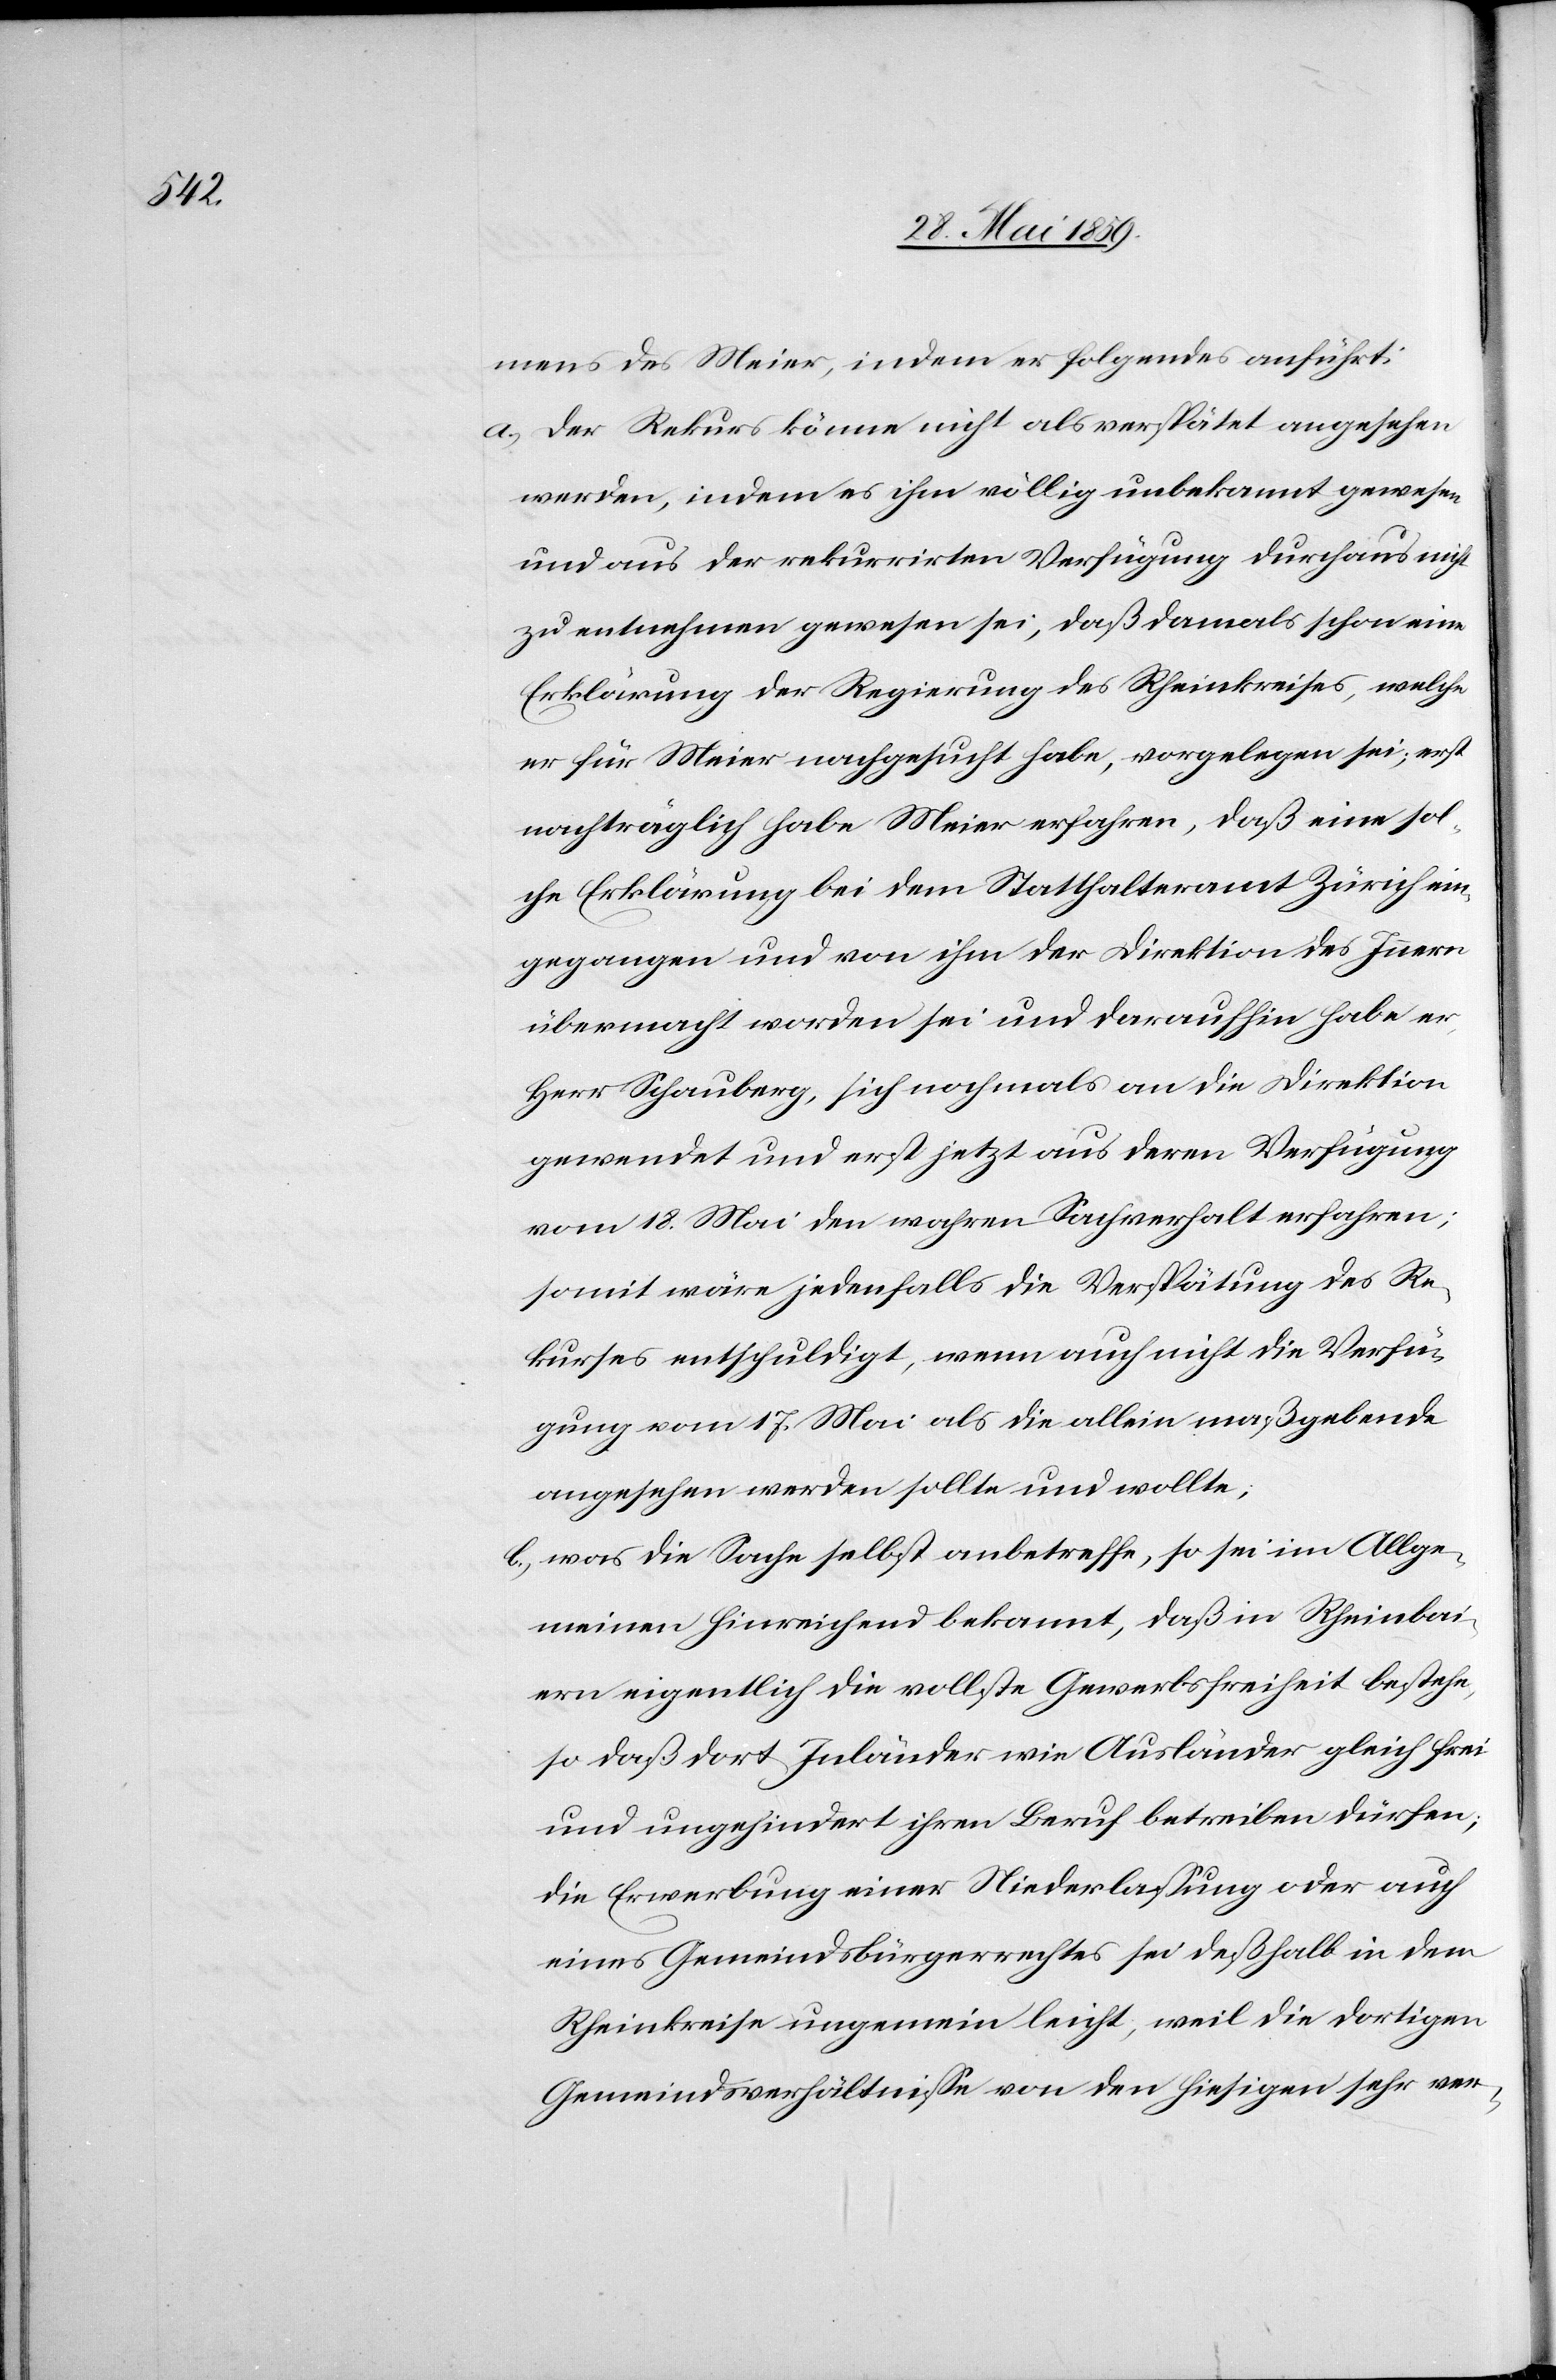
mens des Meier, indem er folgendes anführt:
a) Der Rekurs könne nicht als verspätet angesehen
werden, indem es ihm völlig unbekannt gewesen
und aus der rekurrirten Verfügung durchaus nicht
zu entnehmen gewesen sei, daß damals schon eine
Erklärung der Regierung des Rheinkreises, welche
er für Meier nachgesucht habe, vorgelegen sei; erst
nachträglich habe Meier erfahren, daß eine sol¬
che Erklärung bei dem Statthalteramt Zürich ein¬
gegangen und von ihm der Direktion des Innern
übermacht worden sei und daraufhin habe er,
Herr Schauberg, sich nochmals an die Direktion
gewendet und erst jetzt aus deren Verfügung
vom 18. Mai den wahren Sachverhalt erfahren;
somit wäre jedenfalls die Verspätung des Re¬
kurses entschuldigt, wenn auch nicht die Verfü¬
gung vom 17. Mai als die allein maßgebende
angesehen werden sollte und wollte;
b) was die Sache selbst anbetreffe, so sei im Allge¬
meinen hinreichend bekannt, daß in Rheinbai¬
ern eigentlich die vollste Gewerbsfreiheit bestehe,
so daß dort Inländer wie Ausländer gleich frei
und ungehindert ihren Beruf betreiben dürfen;
die Erwerbung einer Niederlassung oder auch
eines Gemeindsbürgerrechtes sei deßhalb in dem
Rheinkreise ungemein leicht, weil die dortigen
Gemeindsverhältnisse von den hiesigen sehr ver-